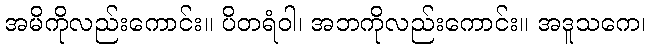
အမိကိုလည်းကောင်း။ ပိတရံဝါ၊ အဘကိုလည်းကောင်း။ အဒူသကေ၊